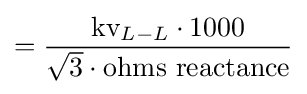
={\frac {{\text{kv}}_{L-L}\cdot 1000}{{\sqrt {3}}\cdot {\text{ohms reactance}}}}